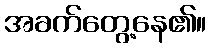
အခက်တွေ့နေ၏။